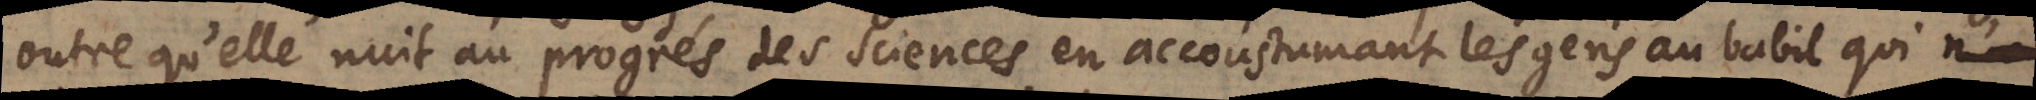
outre qu’elle nuit au progrés des sciences en accoustumant les gens au babil qui n’